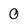
Character: 0